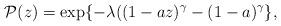
LaTeX: \begin{align*}{\mathcal P}(z) =\exp\{ -\lambda ((1-a z)^\gamma -(1-a)^\gamma \} ,\end{align*}